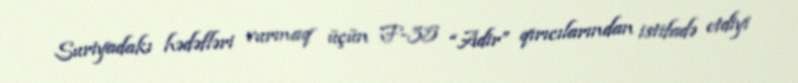
Suriyadakı hədəfləri vurmaq üçün F-35 “Adir” qırıcılarından istifadə etdiyi